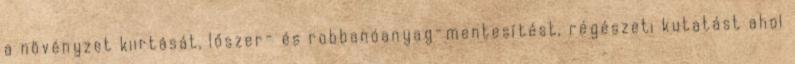
a növényzet kiirtását, lőszer- és robbanóanyag-mentesítést, régészeti kutatást ahol